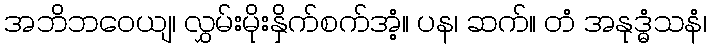
အဘိဘဝေယျ၊ လွှမ်းမိုးနှိက်စက်အံ့။ ပန၊ ဆက်။ တံ အနုဒ္ဓံသနံ၊